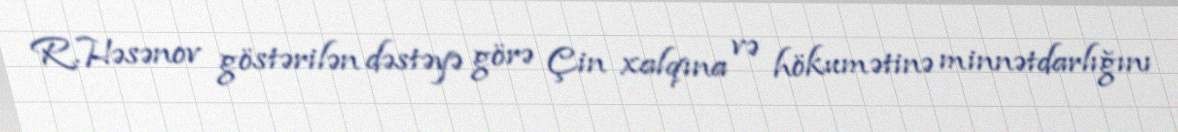
R.Həsənov göstərilən dəstəyə görə Çin xalqına və hökumətinə minnətdarlığını